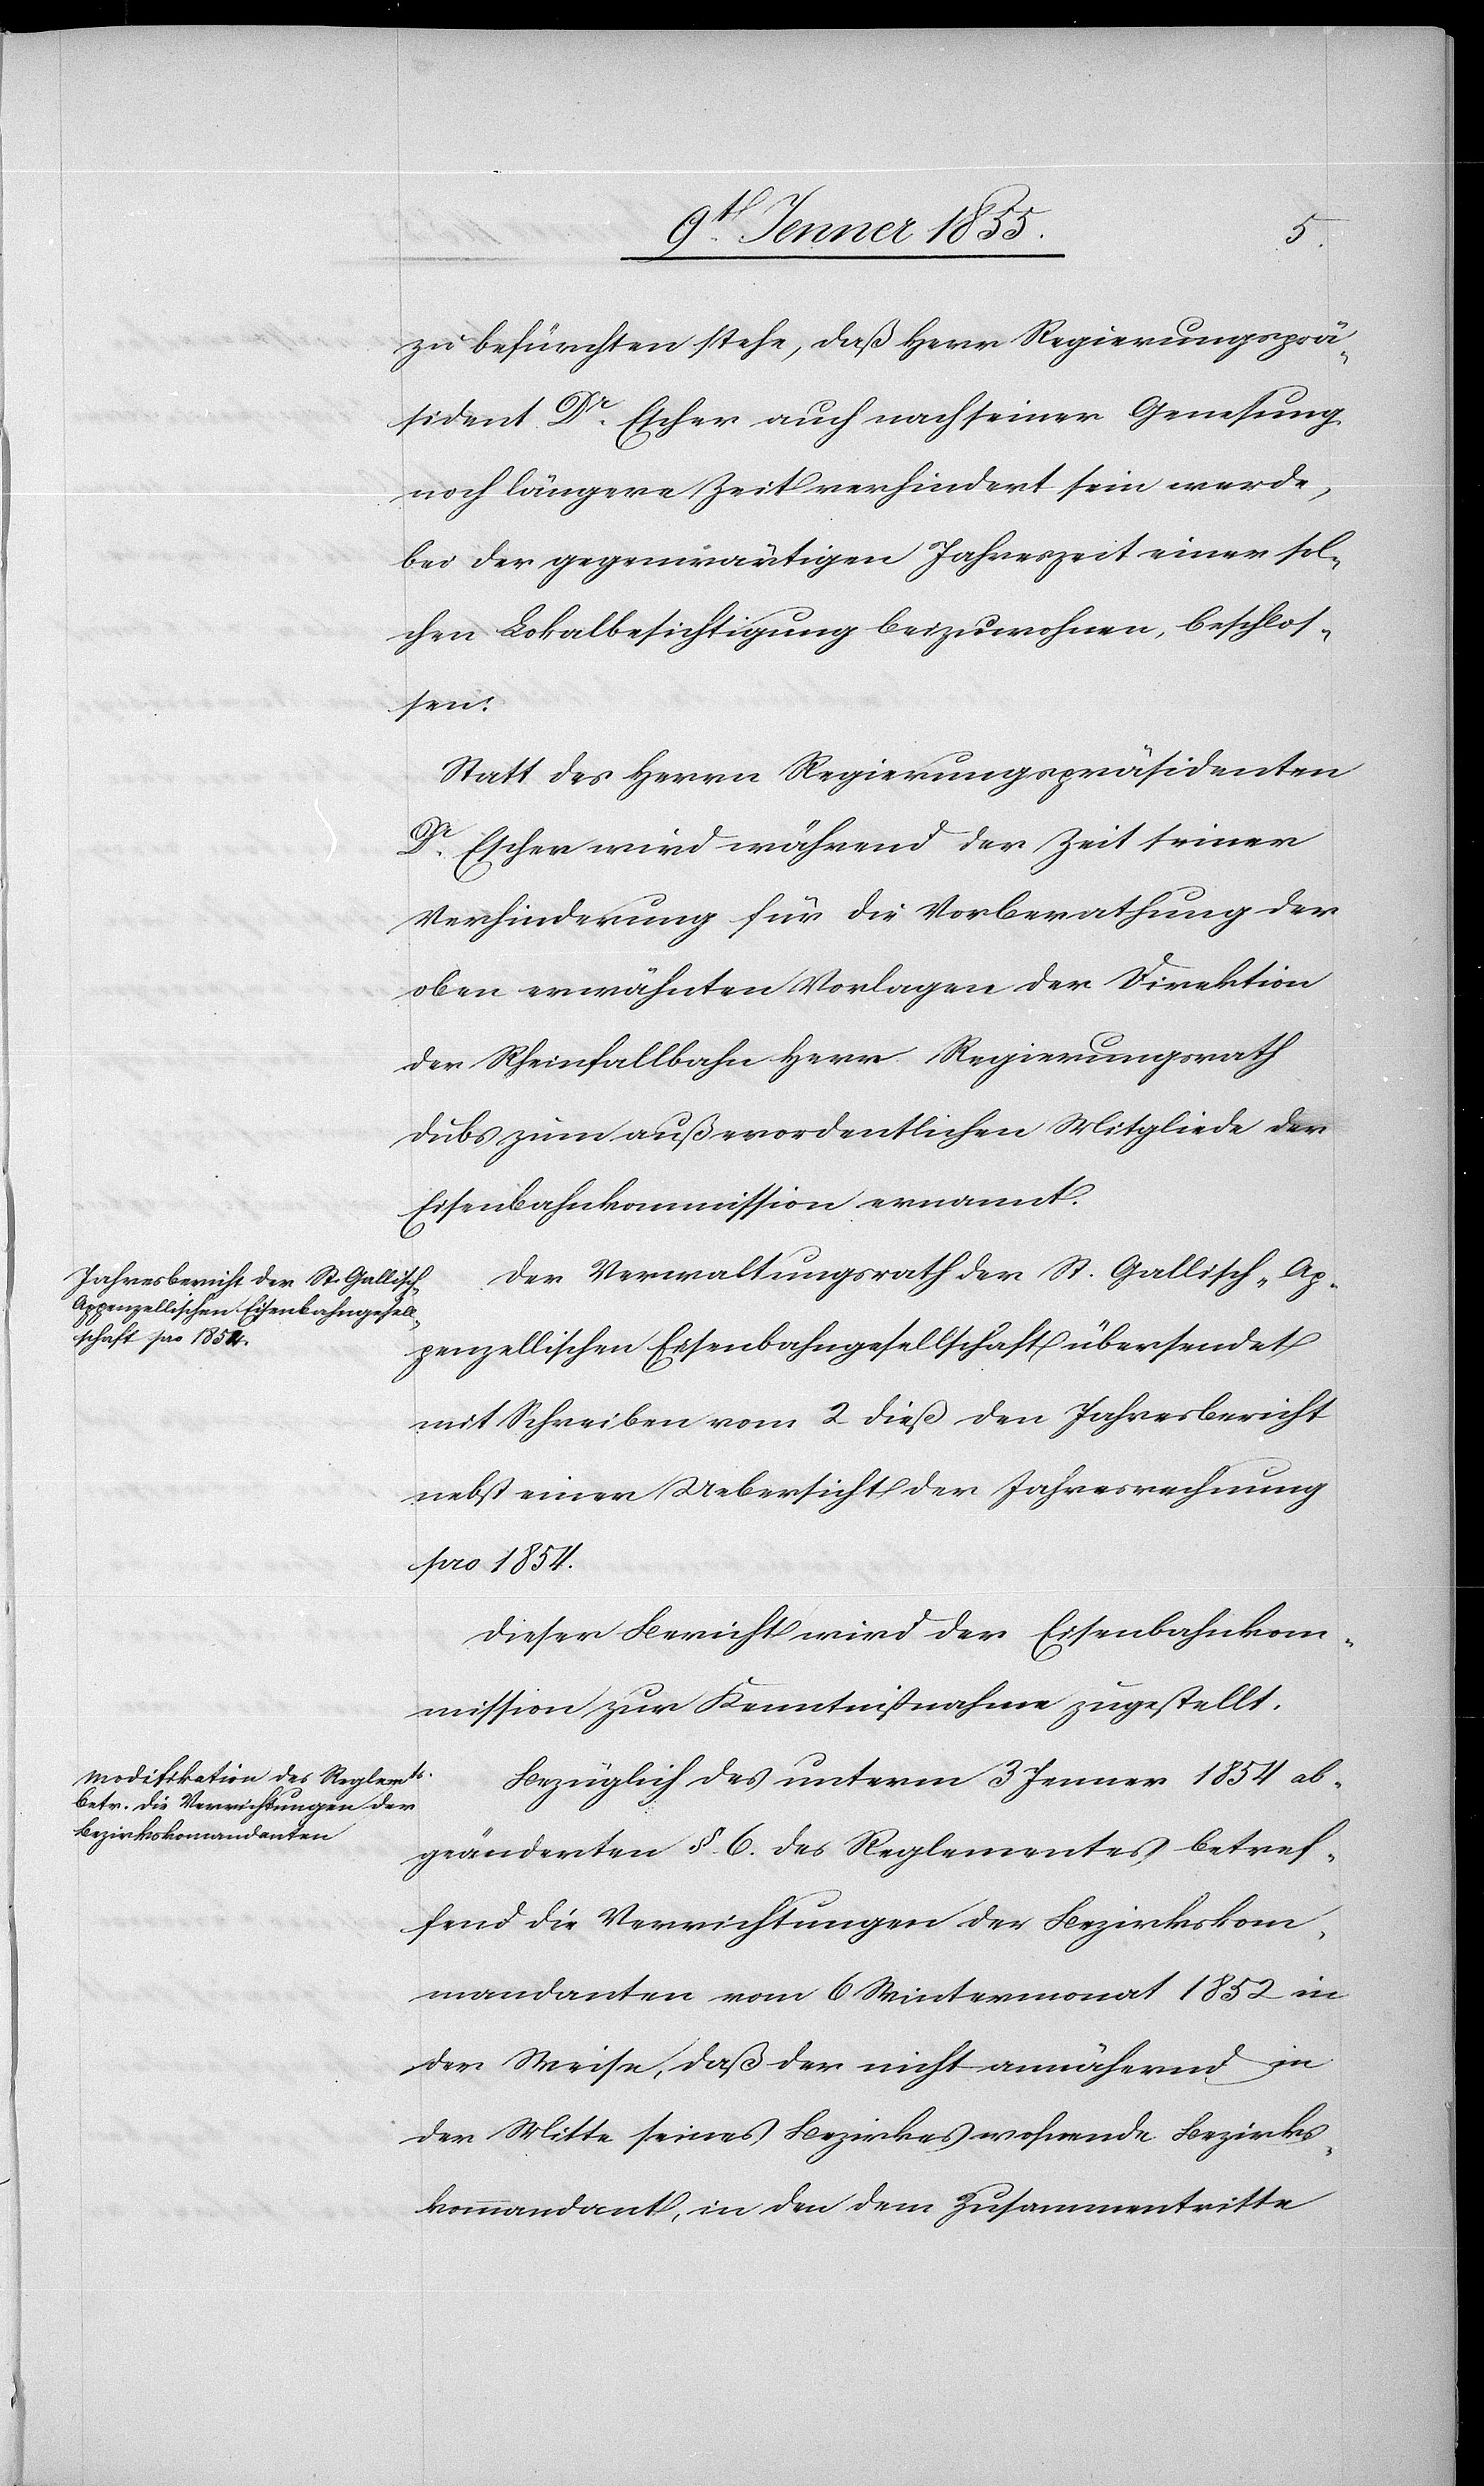
zu befürchten stehe, daß Herr Regierungsprä¬
sident Dr. Escher auch nach seiner Genesung
noch längere Zeit verhindert sein werde,
bei der gegenwärtigen Jahreszeit einer sol¬
chen Lokalbesichtigung beizuwohnen, beschlos¬
sen:
Statt des Herrn Regierungspräsidenten
Dr. Escher wird während der Zeit seiner
Verhinderung für die Vorberathung der
oben erwähnten Vorlagen der Direktion
der Rheinfallbahn Herr Regierungsrath
Dubs zum außerordentlichen Mitgliede der
Eisenbahnkommission ernannt.
Der Verwaltungsrath der St. Gallisch-Ap¬
penzellischen Eisenbahngesellschaft übersendet
mit Schreiben vom 2 dieß den Jahresbericht
nebst einer Uebersicht der Jahresrechnung
pro 1854.
Dieser Bericht wird der Eisenbahnkom¬
mission zur Kenntnissnahme zugestellt.
Bezüglich des unterm 3 Jenner 1854 ab¬
geänderten §. 6. des Reglementes betref¬
fend die Verrichtungen der Bezirkskom¬
mandanten vom 6 Wintermonat 1852 in
der Weise, daß der nicht annähernd in
der Mitte seines Bezirkes wohnende Bezirks¬
kommandant, in den dem Zusammentritte